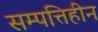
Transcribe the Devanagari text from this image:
सम्पत्तिहीन